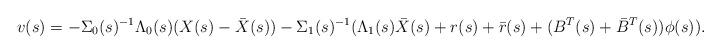
LaTeX: \begin{align*} v(s) = -\Sigma_0(s)^{-1}\Lambda_0(s)(X(s)-\bar X(s))-\Sigma_1(s)^{-1}(\Lambda_1(s)\bar X(s) + r(s) + \bar r(s) + (B^T(s)+\bar{B}^T(s))\phi(s)).\end{align*}